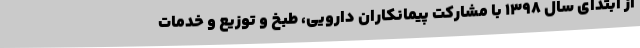
از ابتدای سال ۱۳۹۸ با مشارکت پیمانکاران دارویی، طبخ و توزیع و خدمات